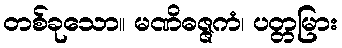
တစ်ခုသော။ မဏိဓဇ္ဇကံ၊ ပတ္တမြား